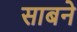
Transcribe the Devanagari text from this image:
साबने